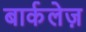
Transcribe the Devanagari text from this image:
बार्कलेज़